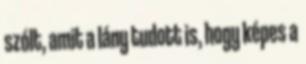
szólt, amit a lány tudott is, hogy képes a